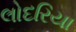
લોદરિયા